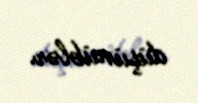
düşünüblər.